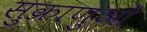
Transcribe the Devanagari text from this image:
सुक्राणुओं